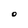
Character: O